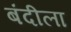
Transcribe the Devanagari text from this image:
बंदीला